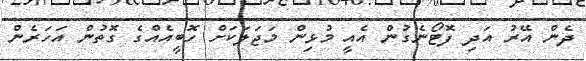
ދެން އޭރު އަދި ފޮޓޯނެގުން އެއީ މުޅިން މަޖަލަކަށް ހޮބީއެއްގެ ގޮތުން އަހަރެން